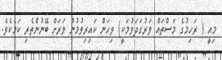
މިއީ ( ރަހިމުގެ މަސްތައް ވަރުގަދަވުމަކީ) ވިހަން ކައިރިވުމުން ވަރަށް ބޭނުންތެރި ކަމެކެވެ.